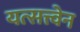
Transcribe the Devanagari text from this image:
यत्सत्त्वेन